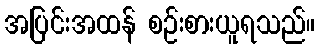
အပြင်းအထန် စဉ်းစားယူရသည်။